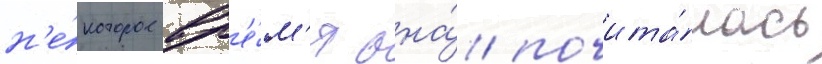
н'е́которое вр'е́м'я она́ почита́лась